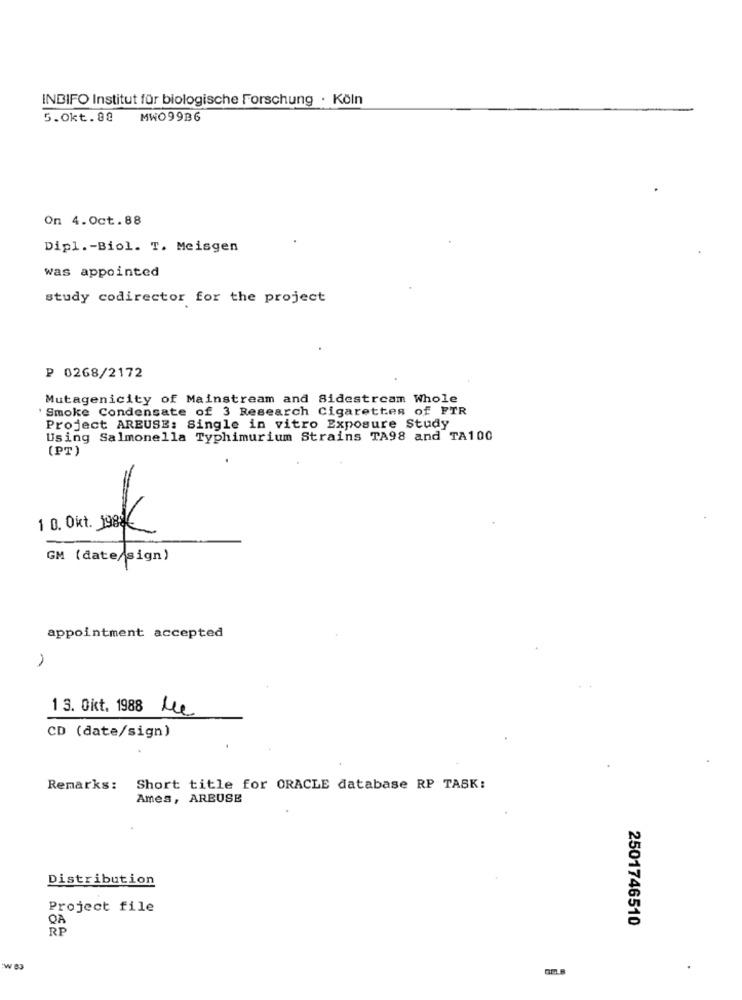
INDIFO Institut für biologische Forschung · Köln
5.Okt.80
MWO99B6
On 4.0ct.88
Dipl .- Biol. T. Meisgen
was appointed
study codirector for the project
₽ 0268/2172
Mutagenicity of Mainstream and Sidestream Whole
' Smoke Condensate of 3 Research Cigarettes of FTR
Project AREUSE: Single in vitro Exposure Study
Using Salmonella Typhimurium Strains TA98 and TA100
(PT)
1 0. Okt. 199€
GM (date/sign)
appointment accepted
13. Okt. 1988 Me
CD (date/sign)
Remarks:
Short title for ORACLE database RP TASK:
Ames, AREUSE
Distribution
Project file
QA
2501746510
RP
W 83